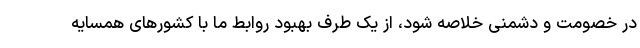
در خصومت و دشمنی خلاصه شود، از یک طرف بهبود روابط ما با کشورهای همسایه